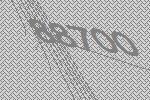
88700